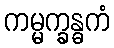
ကမ္မက္ခန္ဓကံ